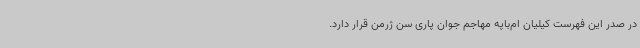
در صدر این فهرست کیلیان ام‌باپه مهاجم جوان پاری سن ژرمن قرار دارد.